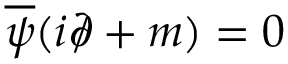
{ \overline { { \psi } } } ( i { \partial \! \! \! / } + m ) = 0